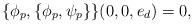
LaTeX: \begin{align*}\{\phi_p, \{\phi_p, \psi_p\}\}(0, 0,e_d)=0,\end{align*}